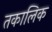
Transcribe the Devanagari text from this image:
तकालिक